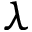
\lambda